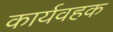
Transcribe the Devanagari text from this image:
कार्यवहक